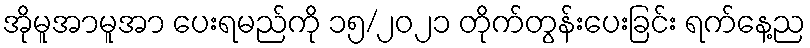
အိုမူအာမူအာ ပေးရမည်ကို ၁၅/၂၀၂၁ တိုက်တွန်းပေးခြင်း ရက်နေ့ည